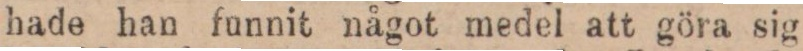
hade han funnit något medel att göra sig